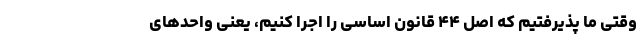
وقتی ما پذیرفتیم که اصل ۴۴ قانون اساسی را اجرا کنیم، یعنی واحدهای